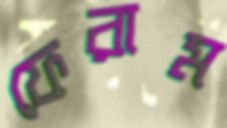
ফেরাম